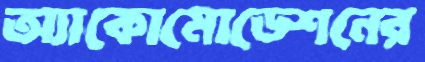
অ্যাকোমোডেশনের